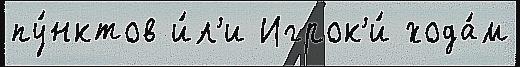
пу́нктов и́л'и Игрок'и́ хода́м